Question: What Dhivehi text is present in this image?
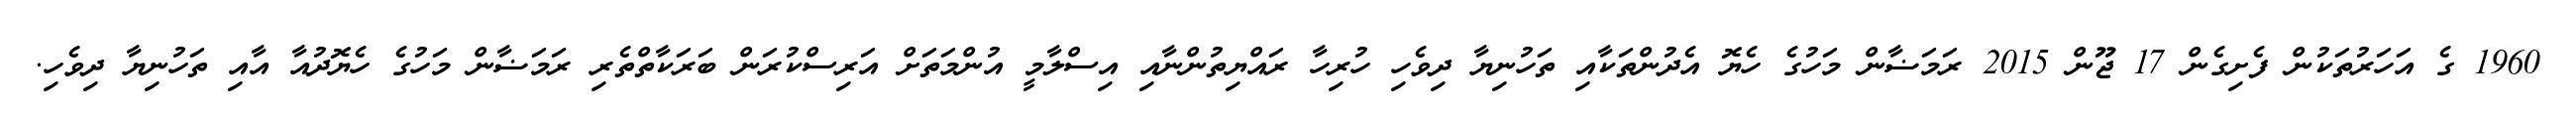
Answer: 1960 ގެ އަހަރުތަކުން ފެށިގެން 17 ޖޫން 2015 ރަމަޟާން މަހުގެ ހެޔޮ އެދުންތަކާއި ތަހުނިޔާ ދިވެހި ހުރިހާ ރައްޔިތުންނާއި އިސްލާމީ އުންމަތަށް އަރިސްކުރަން ބަރަކާތްތެރި ރަމަޟާން މަހުގެ ހެޔޮދުއާ އާއި ތަހުނިޔާ ދިވެހި.